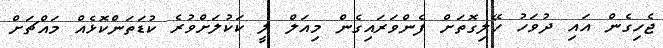
ޖެހިގެން އައި ދުވަހު ހޭލިގޮތަށް ފެންވަރައިގެން މިއަލް ލީ ކަކުލަށްވުރެ ކުޑަތަންކޮޅެއް މައްޗަށް